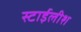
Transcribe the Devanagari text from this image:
स्टाईलीश